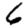
Digit: 6